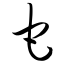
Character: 它